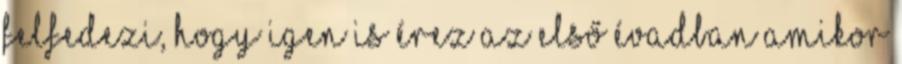
felfedezi, hogy igen is érez az első évadban amikor